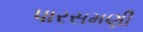
પારસમણી